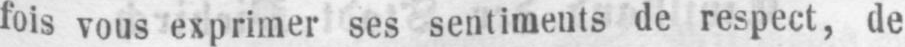
fois vous exprimer ses sentiments de respect, de